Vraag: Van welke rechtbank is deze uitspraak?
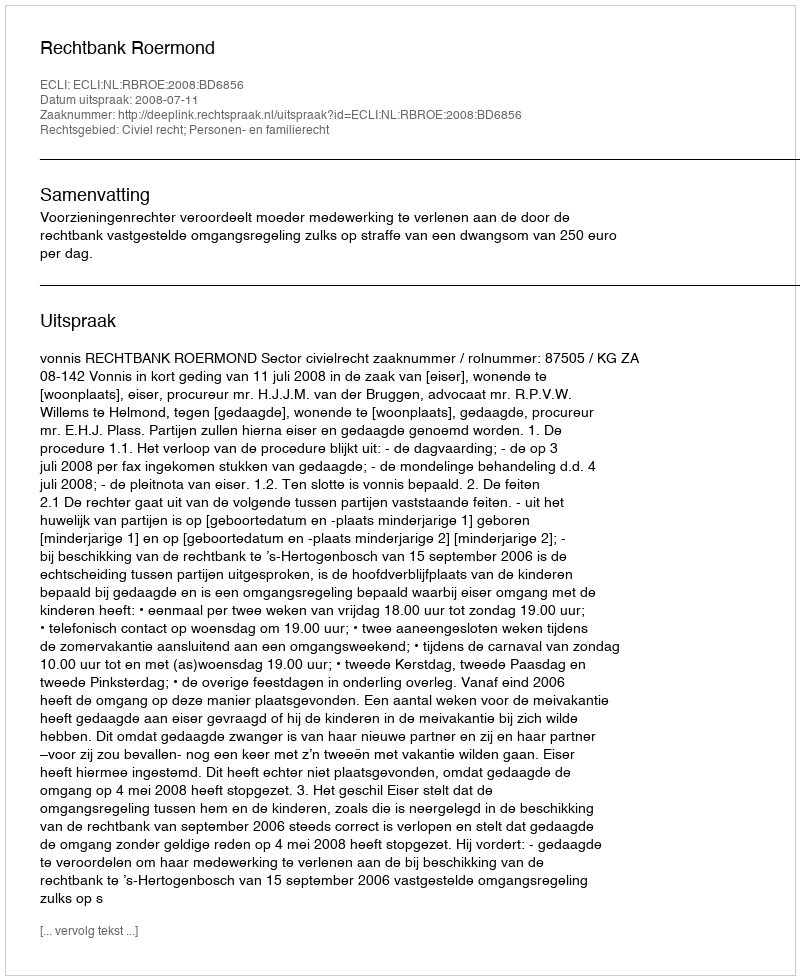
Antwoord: Rechtbank Roermond